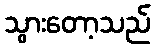
သွားတော့သည်